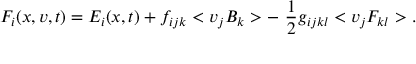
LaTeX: F _ { i } ( x , v , t ) = E _ { i } ( x , t ) + f _ { i j k } < v _ { j } B _ { k } > - ~ \frac { 1 } { 2 } g _ { i j k l } < v _ { j } F _ { k l } > .